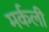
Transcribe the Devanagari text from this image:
मर्कली